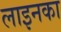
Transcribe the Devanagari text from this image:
लाइनका